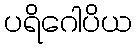
ပရိဂေါပိယ